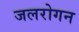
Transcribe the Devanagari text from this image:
जलरोगन